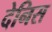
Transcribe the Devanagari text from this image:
देनिस